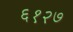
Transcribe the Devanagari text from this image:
६१२७